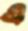
এ